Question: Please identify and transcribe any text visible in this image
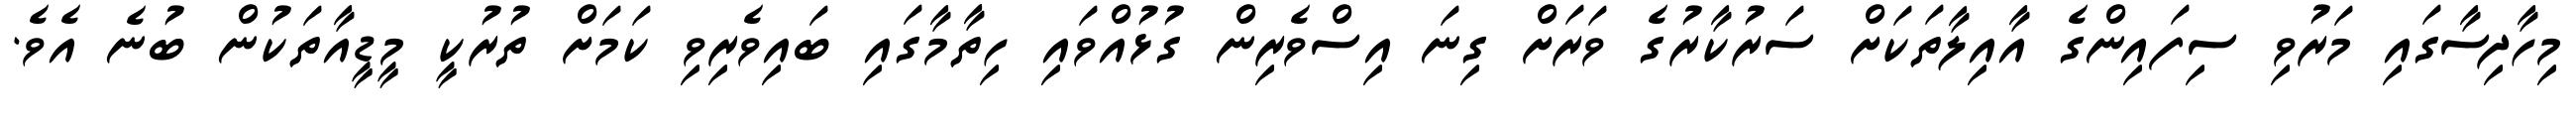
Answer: މިހާދިސާގައި މަރުވި ސިފައިންގެ އާއިލާތަކަށް ސަރުކާރުގެ ވަރަށް ގިނަ އިސްވެރިން ގުޅުއްވައި ހިތާމާގައި ބައިވެރިވި ކަމަށް ތުރުކީ މީޑީއާތަކުން ބުނެ އެވެ.